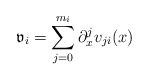
LaTeX: \begin{align*}\mathfrak v_i = \sum_{j=0}^{m_i}\partial_x^j v_{ji}(x)\end{align*}